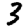
Digit: 3